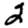
Digit: 2